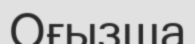
Оғызша